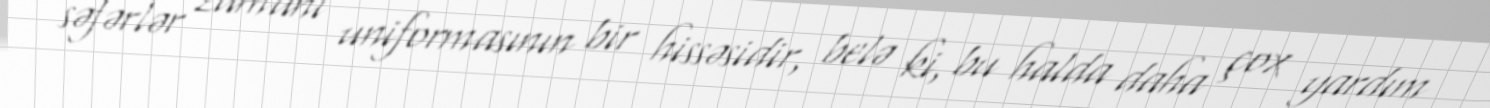
səfərlər zamanı uniformasının bir hissəsidir, belə ki, bu halda daha çox yardım